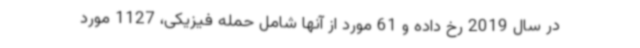
در سال 2019 رخ داده و 61 مورد از آنها شامل حمله فیزیکی، 1127 مورد